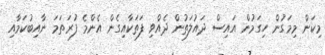
މިކަން މިމަގުން ހިގަމުން އައިސް ދައުލަތުން ދެއްވި ފަތަކާއިގެން އެންމެ ފުރަތަމަ ނާއިބުކަމާއި